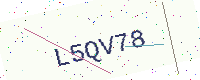
Text: L5QV78